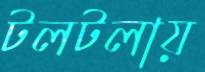
টলটলায়